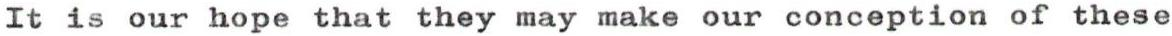
It is our hope that they may make our conception of these